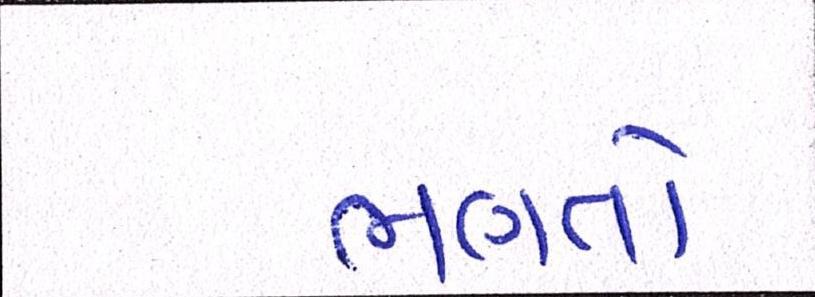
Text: ભણતો